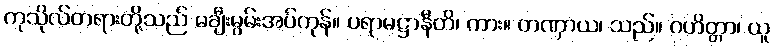
ကုသိုလ်တရားတို့သည် မချီးမွမ်းအပ်ကုန်။ ပရာမဋ္ဌာနီတိ၊ ကား။ တဏှာယ၊ သည်။ ဂဟိတ္တာ၊ ယူ